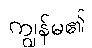
ကျွန်မ၏